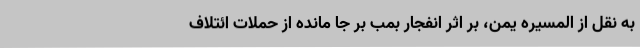
به نقل از المسیره یمن، بر اثر انفجار بمب بر جا مانده از حملات ائتلاف